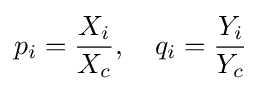
p_{i}={\frac {X_{i}}{X_{c}}},\quad q_{i}={\frac {Y_{i}}{Y_{c}}}